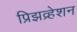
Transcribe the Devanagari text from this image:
प्रिझव्र्हेशन